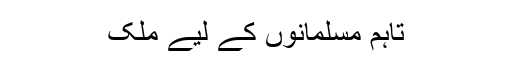
تاہم مسلمانوں کے لیے ملک